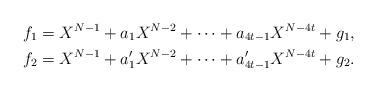
LaTeX: \begin{align*}f_1&=X^{N-1}+a_1 X^{N-2}+\cdots+a_{4t-1} X^{N-4t}+g_1,\\f_2&=X^{N-1}+a'_1 X^{N-2}+\cdots+a'_{4t-1} X^{N-4t}+g_2.\\\end{align*}